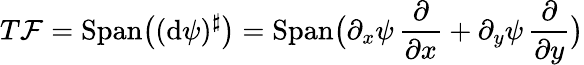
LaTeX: T{\mathcal F}=\mathrm{Span}\big((\mathrm{d}\psi)^{\sharp}\big)=\mathrm{Span}\big(\partial_{x}\psi\, \frac\partial{\partial x}+\partial_{y}\psi\, \frac\partial{\partial y}\big)